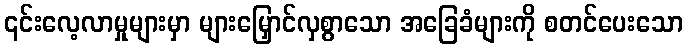
၎င်းလေ့လာမှုများမှာ များမြှောင်လှစွာသော အခြေခံများကို စတင်ပေးသော